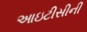
આઇટીસીની